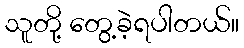
သူတို့ တွေ့ခဲ့ရပါတယ်။